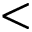
<